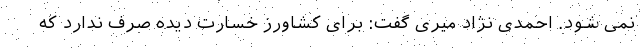
نمی شود. احمدی نژاد میری گفت: برای کشاورز خسارت دیده صرف ندارد که